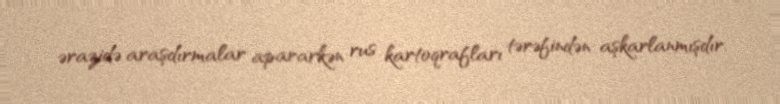
ərazidə araşdırmalar apararkən rus kartoqrafları tərəfindən aşkarlanmışdır.